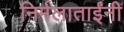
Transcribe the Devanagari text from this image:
निर्मलाताईंनी